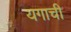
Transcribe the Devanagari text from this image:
यगाची